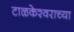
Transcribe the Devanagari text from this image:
टाळकेश्वराच्या